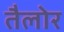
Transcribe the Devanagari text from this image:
तैलोर